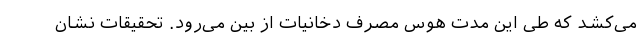
می‌کشد که طی این مدت هوس مصرف دخانیات از بین می‌رود. تحقیقات نشان